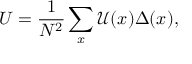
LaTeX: U = \frac { 1 } { N ^ { 2 } } \sum _ { x } \mathcal { U } ( x ) \Delta ( x ) ,